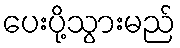
ပေးပို့သွားမည်